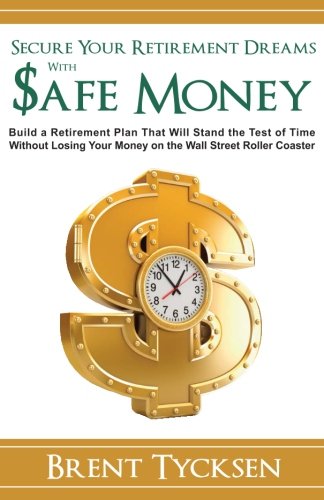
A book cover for Secure Your Retirement Dreams with SAFE MONEY: A Retirement Plan That Will Stand the Test of Time without Losing Your Money on the Wall Street Roller Coaster; Brent Tycksen; Education & Teaching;